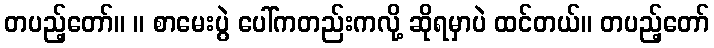
တပည့်တော်။ ။ စာမေးပွဲ ပေါ်ကတည်းကလို့ ဆိုရမှာပဲ ထင်တယ်။ တပည့်တော်